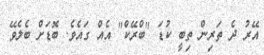
އޭރު ދެ ތަރިން ތިބީ ކުޑަ "ބްރޭކް" އެއް ގައެވެ. ބޮޑަށް ބެލެވޭ